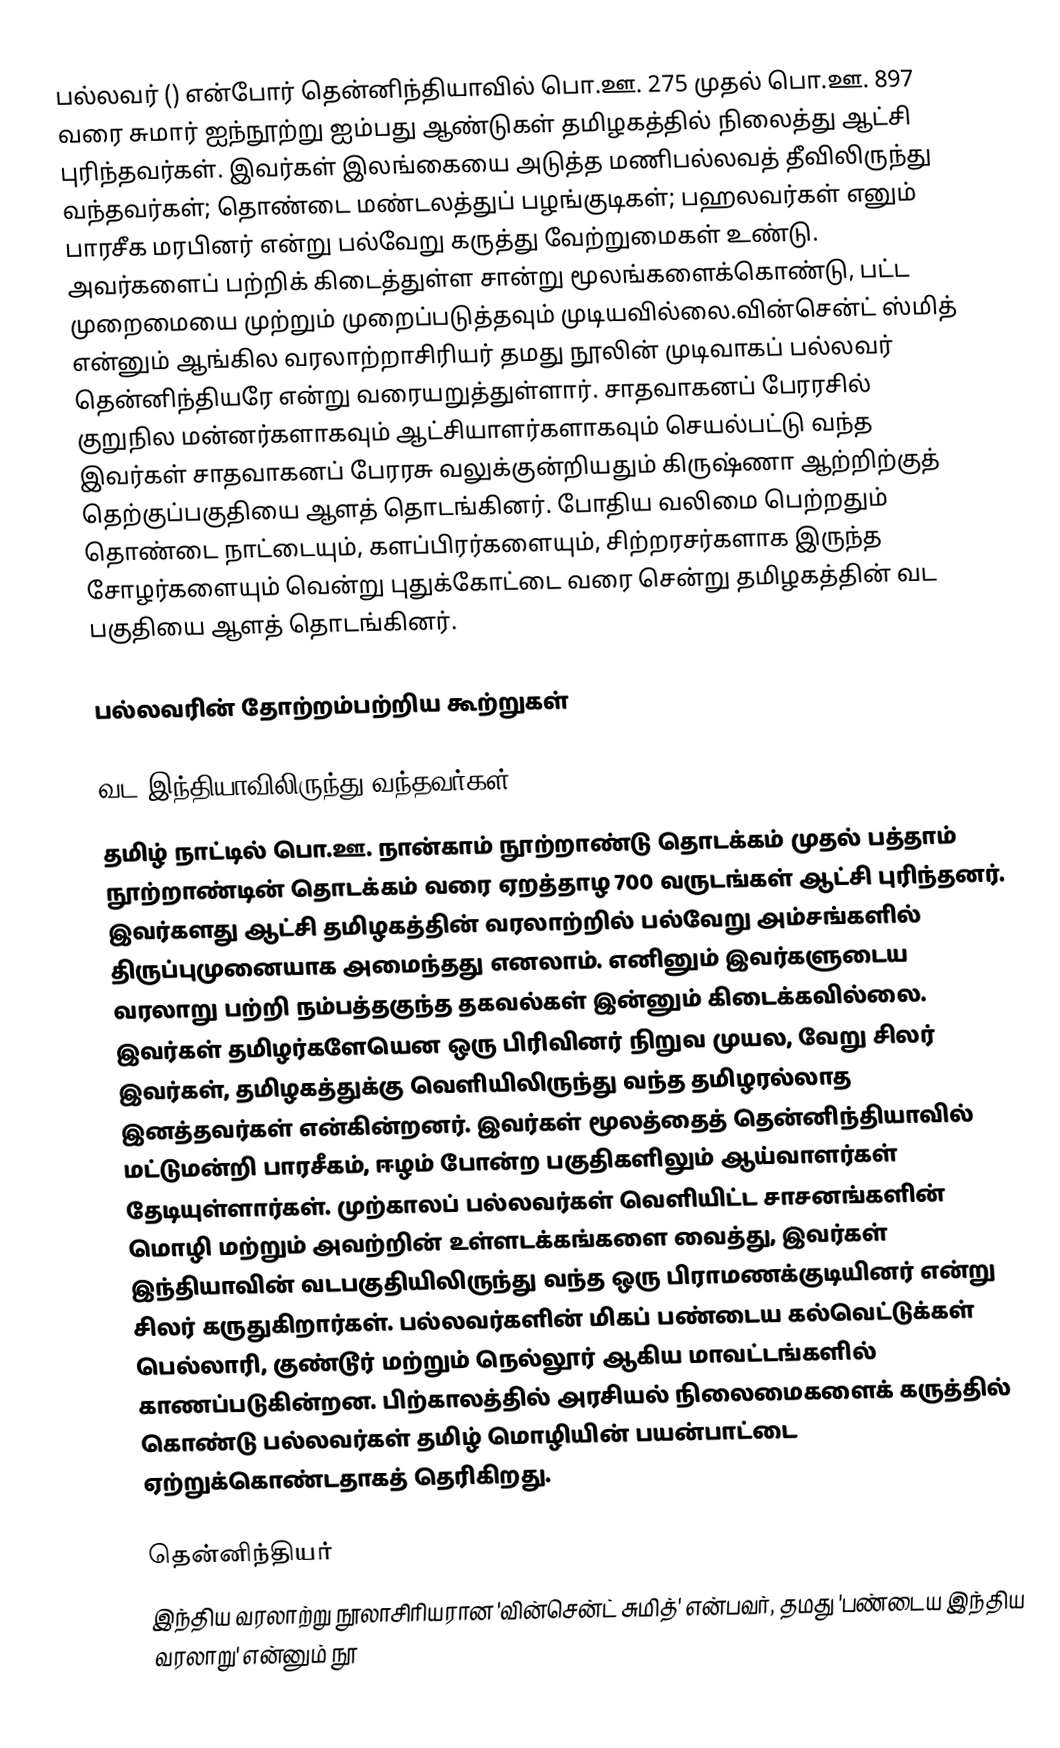
பல்லவர் () என்போர் தென்னிந்தியாவில் பொ.ஊ. 275 முதல் பொ.ஊ. 897 வரை சுமார் ஐந்நூற்று ஐம்பது ஆண்டுகள் தமிழகத்தில் நிலைத்து ஆட்சி புரிந்தவர்கள். இவர்கள் இலங்கையை அடுத்த மணிபல்லவத் தீவிலிருந்து வந்தவர்கள்; தொண்டை மண்டலத்துப் பழங்குடிகள்; பஹலவர்கள் எனும் பாரசீக மரபினர் என்று பல்வேறு கருத்து வேற்றுமைகள் உண்டு. அவர்களைப் பற்றிக் கிடைத்துள்ள சான்று மூலங்களைக்கொண்டு, பட்ட முறைமையை முற்றும் முறைப்படுத்தவும் முடியவில்லை.வின்சென்ட் ஸ்மித் என்னும் ஆங்கில வரலாற்றாசிரியர் தமது நூலின் முடிவாகப் பல்லவர் தென்னிந்தியரே என்று வரையறுத்துள்ளார். சாதவாகனப் பேரரசில் குறுநில மன்னர்களாகவும் ஆட்சியாளர்களாகவும் செயல்பட்டு வந்த இவர்கள் சாதவாகனப் பேரரசு வலுக்குன்றியதும் கிருஷ்ணா ஆற்றிற்குத் தெற்குப்பகுதியை ஆளத் தொடங்கினர். போதிய வலிமை பெற்றதும் தொண்டை நாட்டையும், களப்பிரர்களையும், சிற்றரசர்களாக இருந்த சோழர்களையும் வென்று புதுக்கோட்டை வரை சென்று தமிழகத்தின் வட பகுதியை ஆளத் தொடங்கினர்.

பல்லவரின் தோற்றம்பற்றிய கூற்றுகள்

வட இந்தியாவிலிருந்து வந்தவர்கள்
தமிழ் நாட்டில் பொ.ஊ. நான்காம் நூற்றாண்டு தொடக்கம் முதல் பத்தாம் நூற்றாண்டின் தொடக்கம் வரை ஏறத்தாழ 700 வருடங்கள் ஆட்சி புரிந்தனர். இவர்களது ஆட்சி தமிழகத்தின் வரலாற்றில் பல்வேறு அம்சங்களில் திருப்புமுனையாக அமைந்தது எனலாம். எனினும் இவர்களுடைய வரலாறு பற்றி நம்பத்தகுந்த தகவல்கள் இன்னும் கிடைக்கவில்லை. இவர்கள் தமிழர்களேயென ஒரு பிரிவினர் நிறுவ முயல, வேறு சிலர் இவர்கள், தமிழகத்துக்கு வெளியிலிருந்து வந்த தமிழரல்லாத இனத்தவர்கள் என்கின்றனர். இவர்கள் மூலத்தைத் தென்னிந்தியாவில் மட்டுமன்றி பாரசீகம், ஈழம் போன்ற பகுதிகளிலும் ஆய்வாளர்கள் தேடியுள்ளார்கள். முற்காலப் பல்லவர்கள் வெளியிட்ட சாசனங்களின் மொழி மற்றும் அவற்றின் உள்ளடக்கங்களை வைத்து, இவர்கள் இந்தியாவின் வடபகுதியிலிருந்து வந்த ஒரு பிராமணக்குடியினர் என்று சிலர் கருதுகிறார்கள். பல்லவர்களின் மிகப் பண்டைய கல்வெட்டுக்கள் பெல்லாரி, குண்டூர் மற்றும் நெல்லூர் ஆகிய மாவட்டங்களில் காணப்படுகின்றன. பிற்காலத்தில் அரசியல் நிலைமைகளைக் கருத்தில் கொண்டு பல்லவர்கள் தமிழ் மொழியின் பயன்பாட்டை ஏற்றுக்கொண்டதாகத் தெரிகிறது.

தென்னிந்தியர்
இந்திய வரலாற்று நூலாசிரியரான 'வின்சென்ட் சுமித்' என்பவர், தமது 'பண்டைய இந்திய வரலாறு' என்னும் நூ